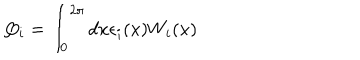
Q _ { i } = \int _ { 0 } ^ { 2 \pi } d x \epsilon _ { i } ( x ) W _ { i } ( x )